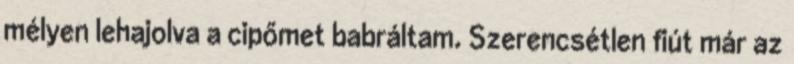
mélyen lehajolva a cipőmet babráltam. Szerencsétlen fiút már az